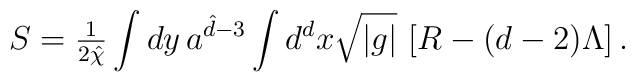
S={\textstyle\frac{1}{2{\hat{\chi}}}}\int{dy\, a^{{\hat d}-3}}\int{d^{d} x \sqrt{|g|}\, \left[ R-(d-2)\Lambda \right]}\, .